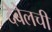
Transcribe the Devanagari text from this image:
देबेलची